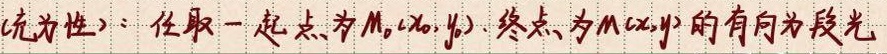
充为性似乎表述有误，推测为充分性。修正后内容为：充分性：任取一起点为 \(M_0(x_0,y_0)\)，终点为 \(M(x,y)\) 的有向线段